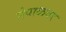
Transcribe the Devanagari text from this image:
नेपाळवर